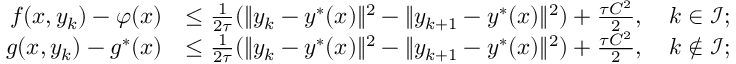
\begin{array} { r l } { f ( x , y _ { k } ) - \varphi ( x ) } & { \le \frac { 1 } { 2 \tau } ( \Vert y _ { k } - y ^ { * } ( x ) \Vert ^ { 2 } - \Vert y _ { k + 1 } - y ^ { * } ( x ) \Vert ^ { 2 } ) + \frac { \tau C ^ { 2 } } { 2 } , \quad k \in { \mathcal { I } } ; } \\ { g ( x , y _ { k } ) - g ^ { * } ( x ) } & { \le \frac { 1 } { 2 \tau } ( \Vert y _ { k } - y ^ { * } ( x ) \Vert ^ { 2 } - \Vert y _ { k + 1 } - y ^ { * } ( x ) \Vert ^ { 2 } ) + \frac { \tau C ^ { 2 } } { 2 } , \quad k \notin { \mathcal { I } } ; } \end{array}